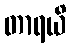
တာရယိ